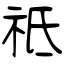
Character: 祗